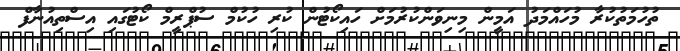
ތުހުމަތުކުރާ މުހައްމަދު އަމީން މިނިވަންކުރުމަށް ހައިކޯޓުން ކުރި ހުކުމް ސުޕްރީމް ކޯޓުގައި އިސްތިއުނާފް